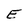
Character: E